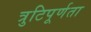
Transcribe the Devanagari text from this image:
त्रुटिपूर्णता